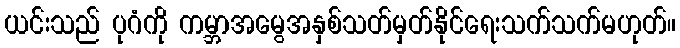
ယင်းသည် ပုဂံကို ကမ္ဘာအမွေအနှစ်သတ်မှတ်နိုင်ရေးသက်သက်မဟုတ်။